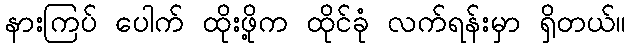
နားကြပ် ပေါက် ထိုးဖို့က ထိုင်ခုံ လက်ရန်းမှာ ရှိတယ်။